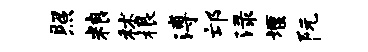
照粮秫根溥邙渌堰阮